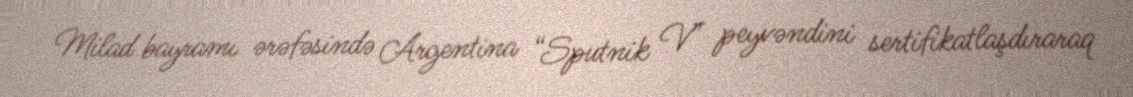
Milad bayramı ərəfəsində Argentina “Sputnik V” peyvəndini sertifikatlaşdıraraq